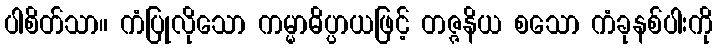
ပါစိတ်သာ။ ကံပြုလိုသော ကမ္မာဓိပ္ပာယဖြင့် တဇ္ဇနိယ စသော ကံခုနစ်ပါးကို